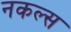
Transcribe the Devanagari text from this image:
नकल्स